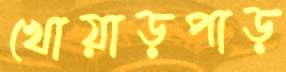
খোয়াড়পাড়